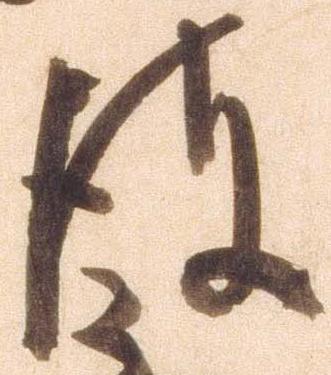
彼